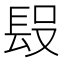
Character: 𨱮